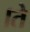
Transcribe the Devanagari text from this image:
।ते